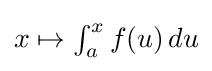
{\textstyle x\mapsto \int _{a}^{x}f(u)\,du}